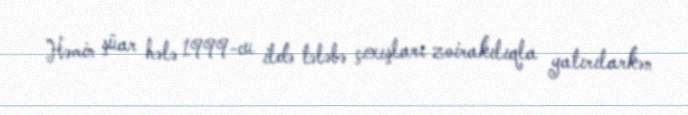
Həmin şüar hələ 1999-cu ildə tələbə çıxışları zoirakılıqla yatırılarkən